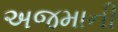
અજમાની